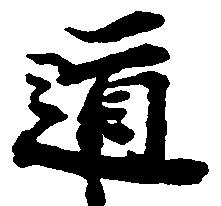
道